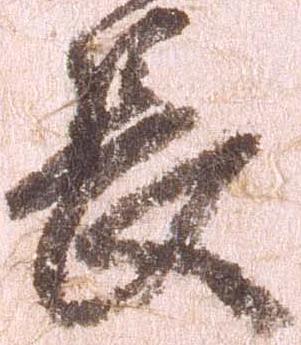
長